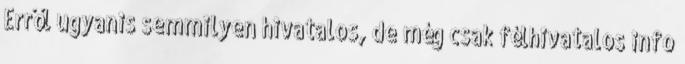
Erről ugyanis semmilyen hivatalos, de még csak félhivatalos info